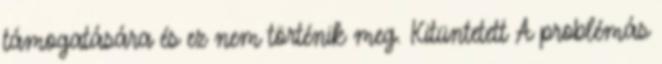
támogatására és ez nem történik meg. Kitüntetett A problémás